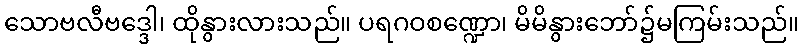
သောဗလီဗဒ္ဒေါ၊ ထိုနွားလားသည်။ ပရဂဝစဏ္ဍော၊ မိမိနွားဘော်၌မကြမ်းသည်။